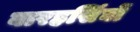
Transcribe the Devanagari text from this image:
बारहसिंघों